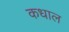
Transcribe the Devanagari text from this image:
कधाल